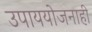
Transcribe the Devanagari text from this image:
उपाययोजनाही